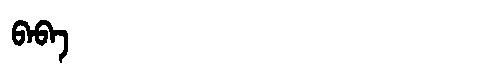
Manchu: ᠪᠠᠪᠠ
Romanization: BABA